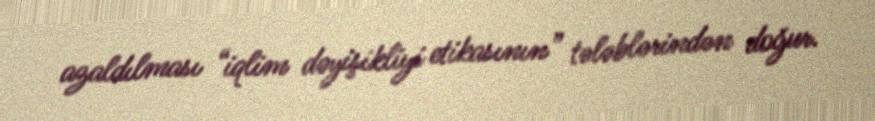
azaldılması “iqlim dəyişikliyi etikasının” tələblərindən doğur.